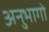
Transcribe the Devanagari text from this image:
अनुभागो